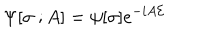
\Psi [ \sigma \ ; A ] = \psi [ \sigma ] e ^ { - i A { \cal E } }